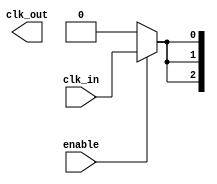
module ClockTreeBuffer (
    input wire clk_in,         // Input clock signal
    input wire enable,         // Enable signal for power management
    output wire [N-1:0] clk_out // Output clock signals (fan-out)
);

parameter N = 4; // Number of output drivers
parameter STAGES = 3; // Number of buffer stages

// Intermediate signals for clock distribution
wire [STAGES-1:0] clk_stage [N-1:0];

// Buffer stages
genvar i, j;
generate
    for (i = 0; i < N; i = i + 1) begin : output_drivers
        // First stage buffer
        assign clk_stage[0][i] = enable ? clk_in : 1'b0; // Enable control

        // Multi-stage buffers
        for (j = 1; j < STAGES; j = j + 1) begin : buffer_stages
            buf(clk_stage[j][i], clk_stage[j-1][i]); // Buffer stage
        end

        // Final output driver
        assign clk_out[i] = clk_stage[STAGES-1][i];
    end
endgenerate

endmodule